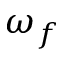
\omega _ { f }